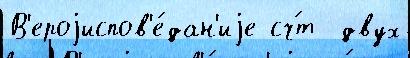
В'ероjиспов'е́дан'иjе сч́т  двух